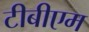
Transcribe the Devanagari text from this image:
टीबीएम